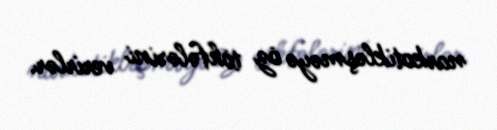
narkotikləşməyə öz töhfələrini verirlər.